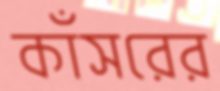
কাঁসরের